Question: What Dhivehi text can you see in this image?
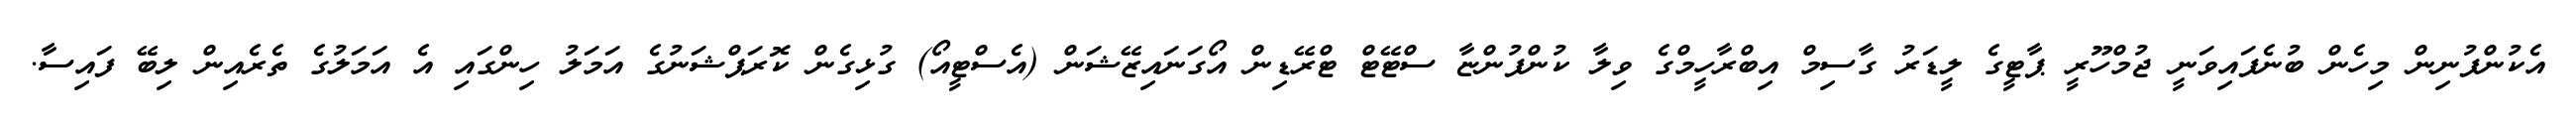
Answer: އެކުންފުނިން މިހެން ބުނެފައިވަނީ ޖުމްހޫރީ ޕާޓީގެ ލީޑަރު ގާސިމް އިބްރާހީމްގެ ވިލާ ކުންފުންޏާ ސްޓޭޓް ޓްރޭޑިން އޯގަނައިޒޭޝަން (އެސްޓީއޯ) ގުޅިގެން ކޮރަޕްޝަނުގެ އަމަލު ހިންގައި އެ އަމަލުގެ ތެރެއިން ލިބޭ ފައިސާ.